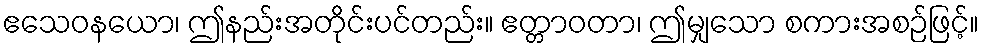
ဧသေဝနယော၊ ဤနည်းအတိုင်းပင်တည်း။ ဧတ္တာဝတာ၊ ဤမျှသော စကားအစဉ်ဖြင့်။